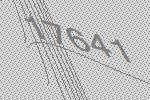
17641